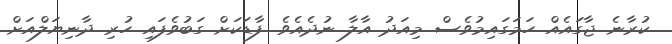
ކުރާނެ ޖާގައެއް ހަމަގައިމުވެސް މިއަދު އާލާ ނުދެއެވެ. ފާޑަކަށް ގަބުވެފައި ހުރި ދާނިޔަލްއަށް